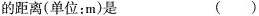
的距离(单位：m)是 ()